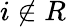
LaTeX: i\not\in R